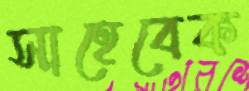
সাহেবেক